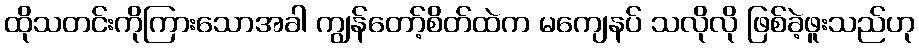
ထိုသတင်းကိုကြားသောအခါ ကျွန်တော့်စိတ်ထဲက မကျေနပ် သလိုလို ဖြစ်ခဲ့ဖူးသည်ဟု